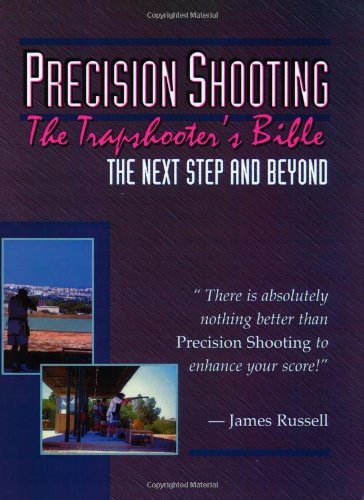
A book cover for Trapshooter's Bible - Precision Shooting; James Russell; Sports & Outdoors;